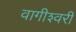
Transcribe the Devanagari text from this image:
वागीश्‍वरी